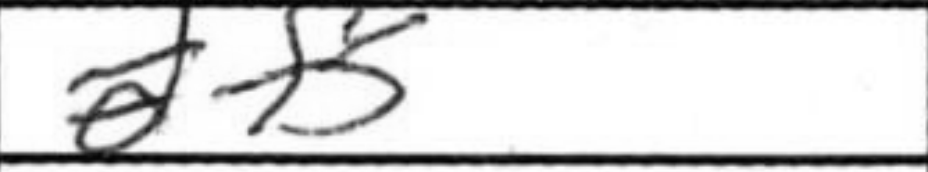
Transcription: f5